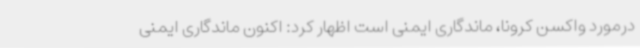
درمورد واکسن کرونا، ماندگاری ایمنی است اظهار کرد: اکنون ماندگاری ایمنی